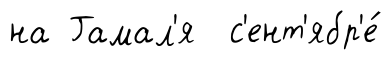
на Гамал'я с'ент'ябр'е́